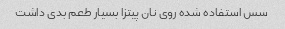
سس استفاده شده روی نان پیتزا بسیار طعم بدی داشت